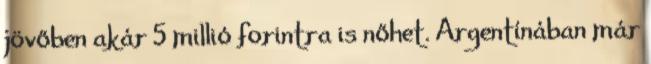
jövőben akár 5 millió forintra is nőhet. Argentínában már